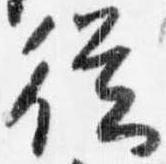
従